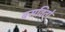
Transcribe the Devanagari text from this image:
बसवितो